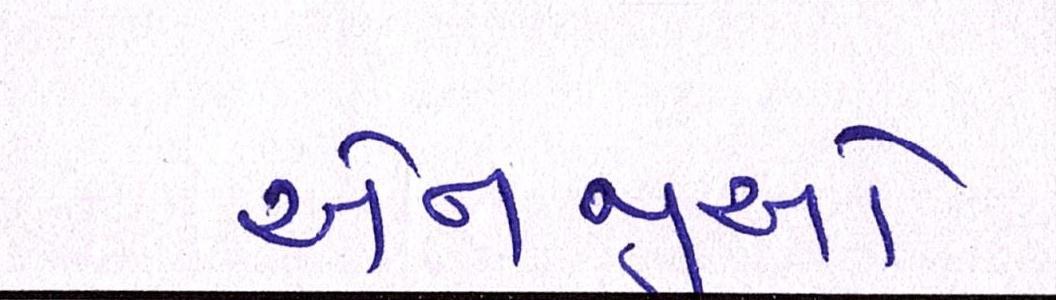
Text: એનજીઓ